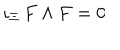
\iota _ { \Xi } \, F \wedge F = 0